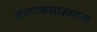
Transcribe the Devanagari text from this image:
संगणकशास्त्राच्या